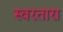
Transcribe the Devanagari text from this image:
स्वरतारा